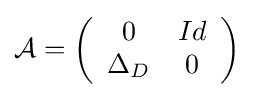
{\mathcal {A}}=\left({\begin{array}{cc}0&Id\\\Delta _{D}&0\end{array}}\right)